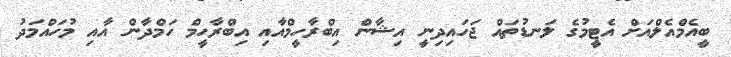
ބީއެމްއެލްއަށް އެޓީމުގެ ލަނޑުތައް ޖަހައިދިނީ އިޝާން އިބްރާހީމްއާއި އިބްރާހީމް ހަމްދާން އާއި މުހައްމަދު